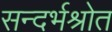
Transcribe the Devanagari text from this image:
सन्दर्भश्रोत